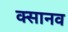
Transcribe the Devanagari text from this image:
क्सानव